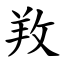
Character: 䍩